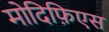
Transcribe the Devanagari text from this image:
मोदिफ़िएस